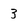
Character: 3